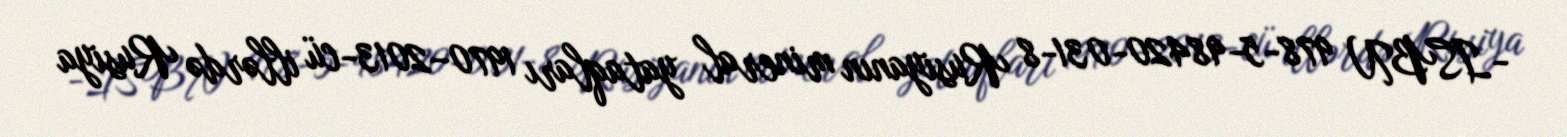
-ISBN 978-5-98420-031-8 Rusiyanın mineral yataqları 1970–2013-cü illərdə Rusiya